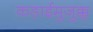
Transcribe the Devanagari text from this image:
कड़ाईमुजुक्कू